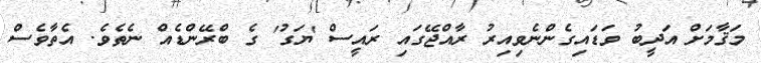
މަޤާމަށް އަދީބު ވަޑައިގެންނެވިއިރު ރާއްޖޭގައި ރައީސް 'ޔަގު' ގެ ބްރޭންޑެއް ނެތެވެ. އެތާވެސް